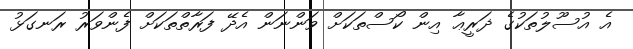
އެ އުސޫލުތަކުގެ ޛަރީޢާ އިން ކޯސްތަކަށް ވަންނަން އެދޭ ފަރާތްތަކަށް ފެންވަރު ރަނގަޅު